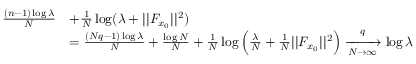
\begin{array} { r l } { \frac { ( n - 1 ) \log \lambda } { N } } & { + \frac { 1 } { N } \log ( \lambda + | | F _ { x _ { 0 } } | | ^ { 2 } ) } \\ & { = \frac { ( N q - 1 ) \log \lambda } { N } + \frac { \log N } { N } + \frac { 1 } { N } \log \Big ( \frac { \lambda } { N } + \frac { 1 } { N } | | F _ { x _ { 0 } } | | ^ { 2 } \Big ) \xrightarrow [ N \rightarrow \infty ] q \log \lambda } \end{array}